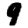
Digit: 9